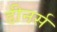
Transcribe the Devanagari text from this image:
डीनर्स